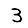
Digit: 3